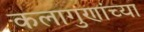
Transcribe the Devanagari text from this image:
कलागुणांच्या